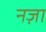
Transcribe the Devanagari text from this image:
नज़ा